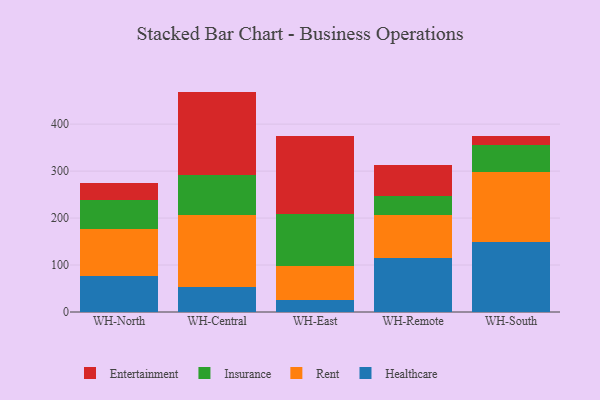
{"axis": {"x": "Warehouse", "y": "Tickets Resolved"}, "legend": ["Entertainment", "Healthcare", "Insurance", "Rent"], "data": [{"x": "WH-North", "y": 76.7, "type": "Healthcare"}, {"x": "WH-North", "y": 100.1, "type": "Rent"}, {"x": "WH-North", "y": 61.1, "type": "Insurance"}, {"x": "WH-North", "y": 37.1, "type": "Entertainment"}, {"x": "WH-Central", "y": 53.0, "type": "Healthcare"}, {"x": "WH-Central", "y": 153.2, "type": "Rent"}, {"x": "WH-Central", "y": 85.7, "type": "Insurance"}, {"x": "WH-Central", "y": 177.4, "type": "Entertainment"}, {"x": "WH-East", "y": 24.8, "type": "Healthcare"}, {"x": "WH-East", "y": 73.5, "type": "Rent"}, {"x": "WH-East", "y": 110.3, "type": "Insurance"}, {"x": "WH-East", "y": 166.9, "type": "Entertainment"}, {"x": "WH-Remote", "y": 115.3, "type": "Healthcare"}, {"x": "WH-Remote", "y": 92.3, "type": "Rent"}, {"x": "WH-Remote", "y": 40.1, "type": "Insurance"}, {"x": "WH-Remote", "y": 64.9, "type": "Entertainment"}, {"x": "WH-South", "y": 148.2, "type": "Healthcare"}, {"x": "WH-South", "y": 149.5, "type": "Rent"}, {"x": "WH-South", "y": 57.7, "type": "Insurance"}, {"x": "WH-South", "y": 18.6, "type": "Entertainment"}]}